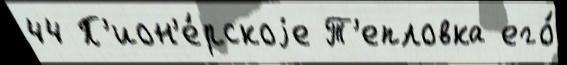
44 П'ион'е́рскоjе Т'епловка его́